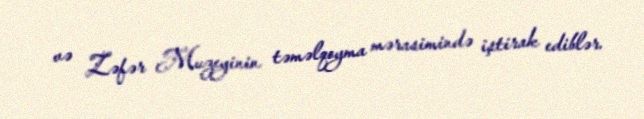
və Zəfər Muzeyinin təməlqoyma mərasimində iştirak ediblər.